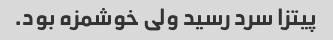
پیتزا سرد رسید ولی خوشمزه بود.